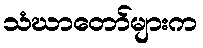
သံဃာတော်များက